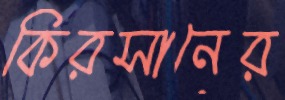
কিরসানের